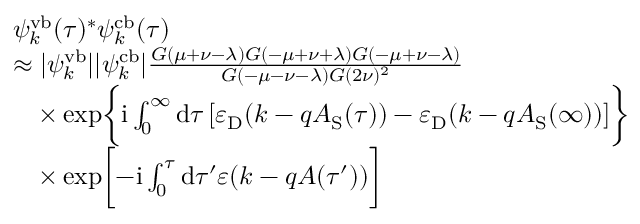
\begin{array} { r l } & { \psi _ { k } ^ { \mathrm { v b } } ( \tau ) ^ { * } \psi _ { k } ^ { \mathrm { c b } } ( \tau ) } \\ & { \approx | \psi _ { k } ^ { \mathrm { v b } } | | \psi _ { k } ^ { \mathrm { c b } } | \frac { G ( \mu + \nu - \lambda ) G ( - \mu + \nu + \lambda ) G ( - \mu + \nu - \lambda ) } { G ( - \mu - \nu - \lambda ) G ( 2 \nu ) ^ { 2 } } } \\ & { \quad \times \exp \biggl \{ \mathrm { i } \int _ { 0 } ^ { \infty } \mathrm { d } \tau \left[ \varepsilon _ { \mathrm { D } } ( k - q A _ { \mathrm { S } } ( \tau ) ) - \varepsilon _ { \mathrm { D } } ( k - q A _ { \mathrm { S } } ( \infty ) ) \right] \biggr \} } \\ & { \quad \times \exp \biggl [ - \mathrm { i } \int _ { 0 } ^ { \tau } \mathrm { d } \tau ^ { \prime } \varepsilon ( k - q A ( \tau ^ { \prime } ) ) \biggr ] } \end{array}